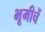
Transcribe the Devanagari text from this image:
भूमीचें